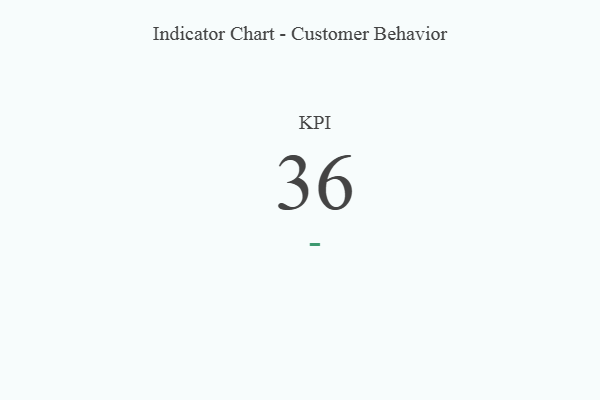
{"axis": {"x": "KPI", "y": "Value"}, "legend": [""], "data": [{"x": "KPI", "y": 36, "type": ""}]}